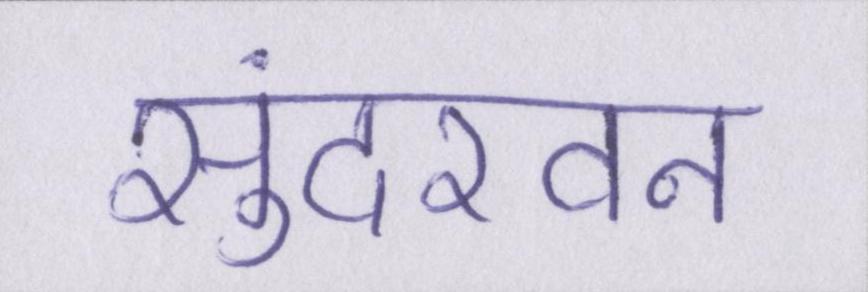
सुंदरवन